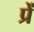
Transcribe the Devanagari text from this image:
प्रें